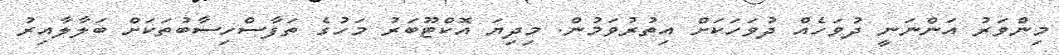
މިންވަރު އަންނަނީ ދުވަހެއް ދުވަހަކަށް އިތުރުވަމުން. މިދިޔަ އޮކްޓޫބަރު މަހުގެ ތަފާސްހިސާބުތަކަށް ބަލާލާއިރު